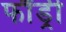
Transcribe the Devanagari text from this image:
फौंड्री